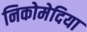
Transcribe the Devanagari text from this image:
निकोमेदिया